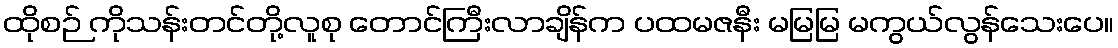
ထိုစဉ် ကိုသန်းတင်တို့လူစု တောင်ကြီးလာချိန်က ပထမဇနီး မမြမြ မကွယ်လွန်သေးပေ။